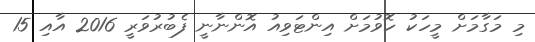
މި މަގާމަށް މީހަކު ހޮވުމަށް އިންޓަވިއު އޮންނާނީ ފެބުރުވަރީ 2016 އާއި 15